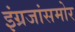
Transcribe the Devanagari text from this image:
इंग्रजांसमोर